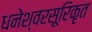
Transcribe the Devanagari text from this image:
धनेश्वरसूरिकृत